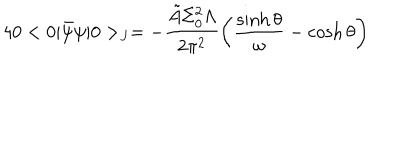
4 0 < 0 \vert \bar { \psi } \psi \vert 0 > _ { J } = - \frac { \tilde { A } \Sigma _ { 0 } ^ { 2 } \Lambda } { 2 \pi ^ { 2 } } \left( \frac { \sinh \theta } { \omega } - \cosh \theta \right)